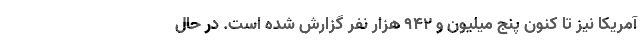
آمریکا نیز تا کنون پنج میلیون و ۹۴۲ هزار نفر گزارش شده است. در حال